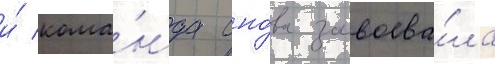
и́ кома́нда сно́ва завоева́ла